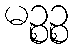
မဉ္စဉ္စ